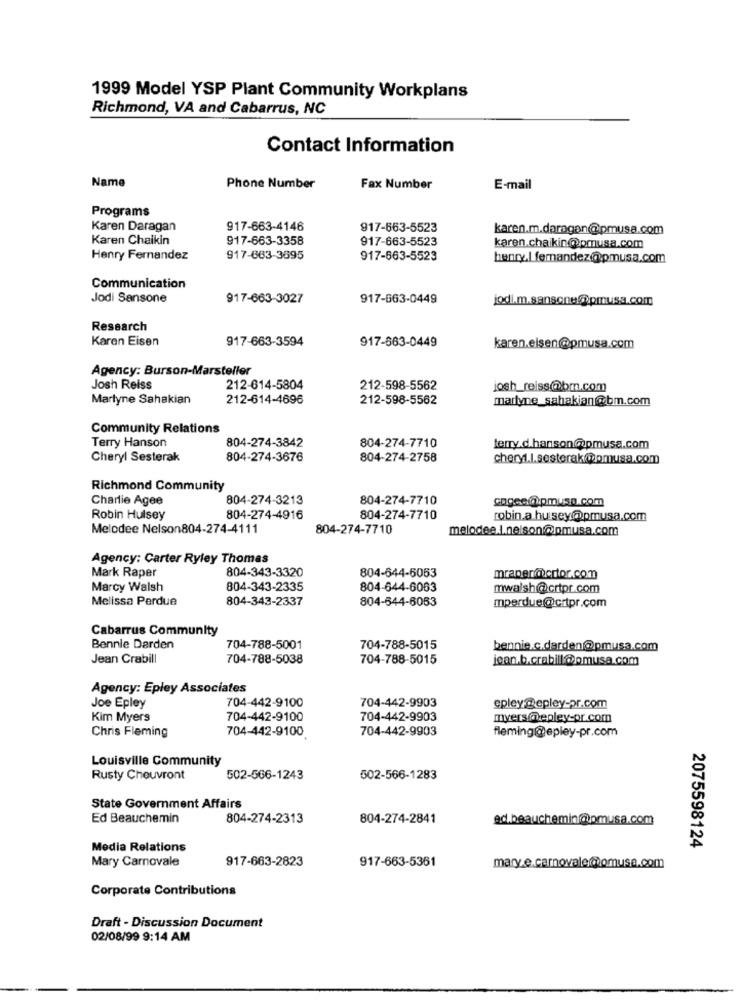
1999 Model YSP Plant Community Workplans
Richmond, VA and Cabarrus, NC
Contact Information
Name
Phone Number
Fax Number
E-mail
Programs
Karen Daragan
917-663-4146
917-663-5523
karen.m.daragan@pmusa.com
Karen Chaikin
917-663-3358
917-663-5523
karen.chaikin@pmusa.com
Henry Fernandez
917-663-3695
917-663-5523
henry.|_fernandez@pmusa.com
Communication
Jodi Sansone
917-663-3027
917-663-0449
jodi.m.sansone@pmusa.com
Research
Karen Eisen
917-663-3594
917-663-0449
karen.elsen@pmusa.com
Agency: Burson-Marsteller
Josh Reiss
212-614-5804
212-598-5562
josh_reiss@bm.com
Marlyne Sahakian
212-614-4696
212-598-5562
maryne_sahakian@bm.com
Community Relations
Terry Hanson
804-274-3842
804-274-7710
terry.d.hanson@pmusa.com
Cheryl Sesterak
804-274-3676
804-274-2758
cheryl.l.sesterak@@pmusa.com
Richmond Community
Charlie Agee
804-274-3213
804-274-7710
cagee@apmusa.com
Robin Hulsey
804-274-4916
804-274-7710
robin.a.hu sey@pmusa.com
Melodee Nelson804-274-4111
804-274-7710
melodee.I.nelson@pmusa.com
Agency: Carter Ryley Thomas
Mark Raper
804-343-3320
804-644-6053
mraper@mortor.com
Marcy Walsh
804-343-2335
804-644-6063
mwalsh@crtpr.com
Melissa Perdue
804-343-2337
804-544-6063
mperdue@crtpr.com
Cabarrus Community
Bennie Darden
704-788-5001
704-788-5015
bennie.c.darden@pmusa.com
Jean Crabill
704-788-5038
704-788-5015
ican.b.crabill@pmusa.com
Agency: Epley Associates
704-442-9100
704-442-9903
Joe Epley
epley@epley-pr.com
Kim Myers
704-442-9100
704-442-9903
myers@epley-or.com
Chris Fleming
704-442-9100
704-442-9903
fleming@epley-pr.com
Louisville Community
Rusty Cheuvront
502-566-1243
502-566-1283
State Government Affairs
Ed Beauchemin
804-274-2313
804-274-2841
ed.beauchemin@pmusa.com
Media Relations
2075598124
Mary Carnovale
917-663-2823
917-663-5361
mary.e.carnovale@@omusa.com
Corporate Contributions
Draft - Discussion Document
02/08/99 9:14 AM